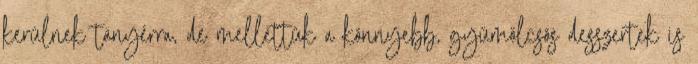
kerülnek tányérra, de mellettük a könnyebb, gyümölcsös desszertek is